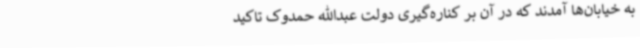
به خیابان‌ها آمدند که در آن بر کناره‌گیری دولت عبدالله حمدوک تاکید